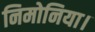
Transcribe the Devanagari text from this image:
निमोनिया।